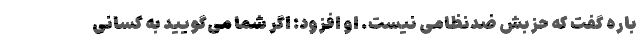
باره گفت که حزبش ضدنظامی نیست. او افزود: اگر شما می‌گویید به کسانی